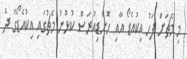
މި މެޗަށް ފަހު އިކުއެޑޯ އާއި ހޮންޑިއުރަސް ކުޅުނު މެޗުގައި އިކުއެޑޯގެ ދެ